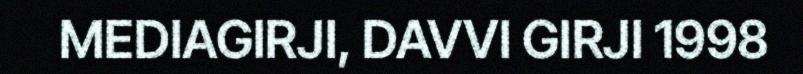
MEDIAGIRJI, DAVVI GIRJI 1998